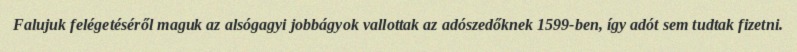
Falujuk felégetéséről maguk az alsógagyi jobbágyok vallottak az adószedőknek 1599-ben, így adót sem tudtak fizetni.